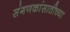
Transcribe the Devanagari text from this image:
संगणकांसाठीच्या